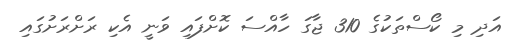
އަދި މި ކޯސްތަކުގެ 310 ޖާގަ ހާއްސަ ކޮށްފައި ވަނީ އެކި ރަށްރަށުގައި